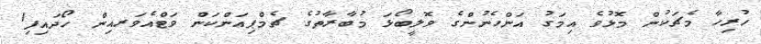
ހުރިހާ މެޗަކުން މޮޅުވެ އިމަގު އަންހެނުންގެ ވޮލީބޯޅަ މުބާރާތުގެ ޗެމްޕިއަންކަން ވަޓްއެވަރއިން ހޯދައިފި1